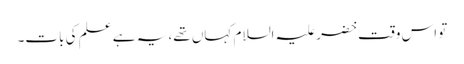
تو اس وقت خضر علیہ السلام کہاں تھے، یہ ہے علم کی بات۔